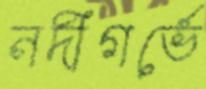
নদীগর্ভে